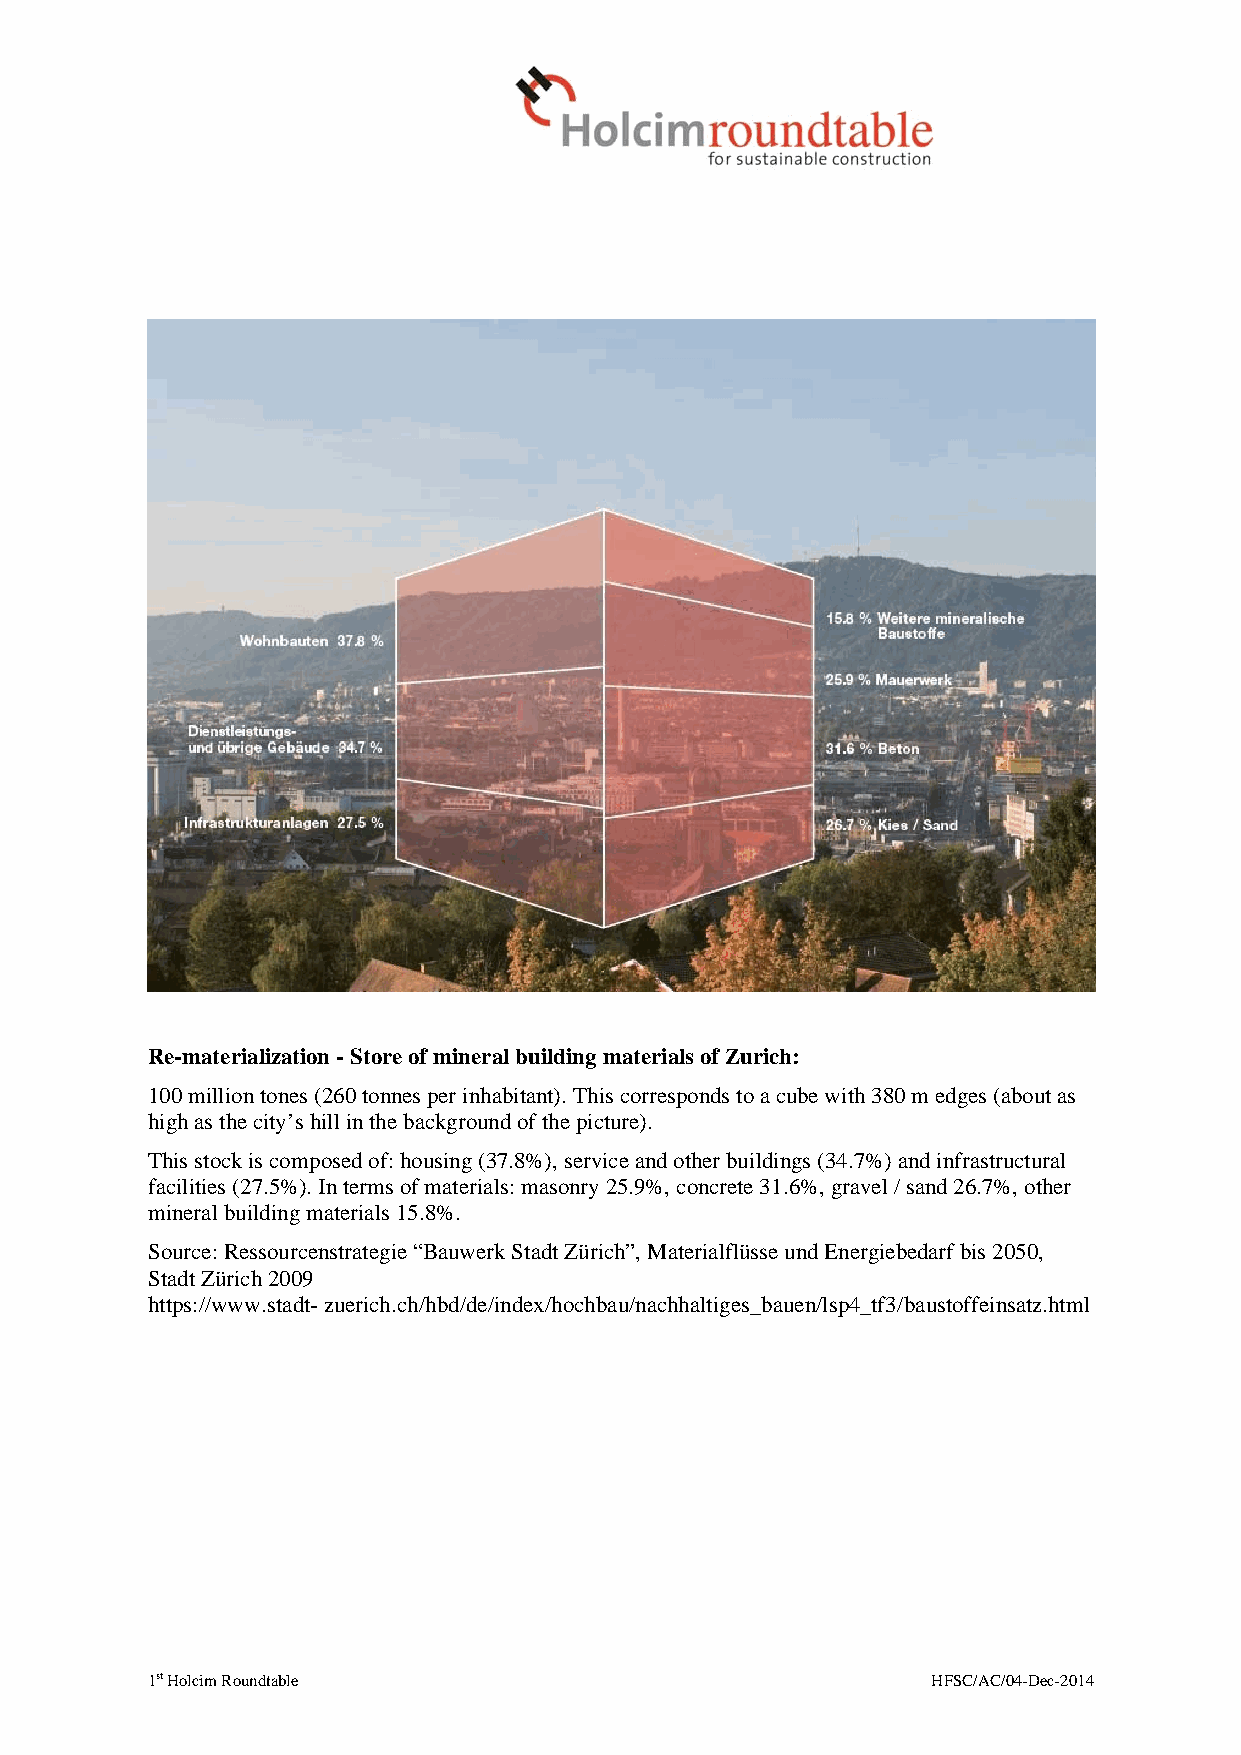
Re-materialization - Store of mineral building materials of Zurich:
 100 million tones (260 tonnes per inhabitant). This corresponds to a cube with 380 m edges (about as
 high as the city’s hill in the background of the picture).
 This stock is composed of: housing (37.8%), service and other buildings (34.7%) and infrastructural
 facilities (27.5%). In terms of materials: masonry 25.9%, concrete 31.6%, gravel / sand 26.7%, other
 mineral building materials 15.8%.
 Source: Ressourcenstrategie “Bauwerk Stadt Zürich”, Materialflüsse und Energiebedarf bis 2050,
 Stadt Zürich 2009
 https://www.stadt- zuerich.ch/hbd/de/index/hochbau/nachhaltiges_bauen/lsp4_tf3/baustoffeinsatz.html
 1st Holcim Roundtable                               HFSC/AC/04-Dec-2014